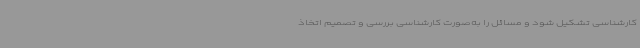
کارشناسی تشکیل شود و مسائل را به‌صورت کارشناسی بررسی و تصمیم اتخاذ